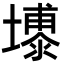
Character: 𪤦